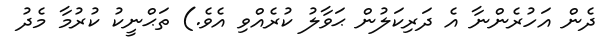
ދެން އަހުރެންނާ އެ ދަރިކަލުން ޙަވާލު ކުރެއްވި އެވެ.) ތަޙްނީކު ކުރުމާ މެދު